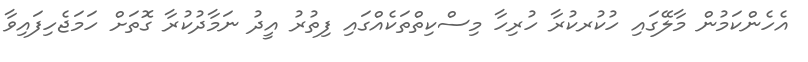
އެހެންކަމުން މާލޭގައި ހުކުރކުރާ ހުރިހާ މިސްކިތްތަކެއްގައި ފިތުރު އީދު ނަމާދުކުރާ ގޮތަށް ހަމަޖެހިފައިވާ